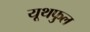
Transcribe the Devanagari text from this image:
यूथफुल